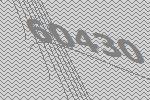
60430